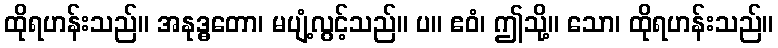
ထိုရဟန်းသည်။ အနုဒ္ဓတော၊ မပျံ့လွင့်သည်။ ပ။ ဧဝံ၊ ဤသို့။ သော၊ ထိုရဟန်းသည်။